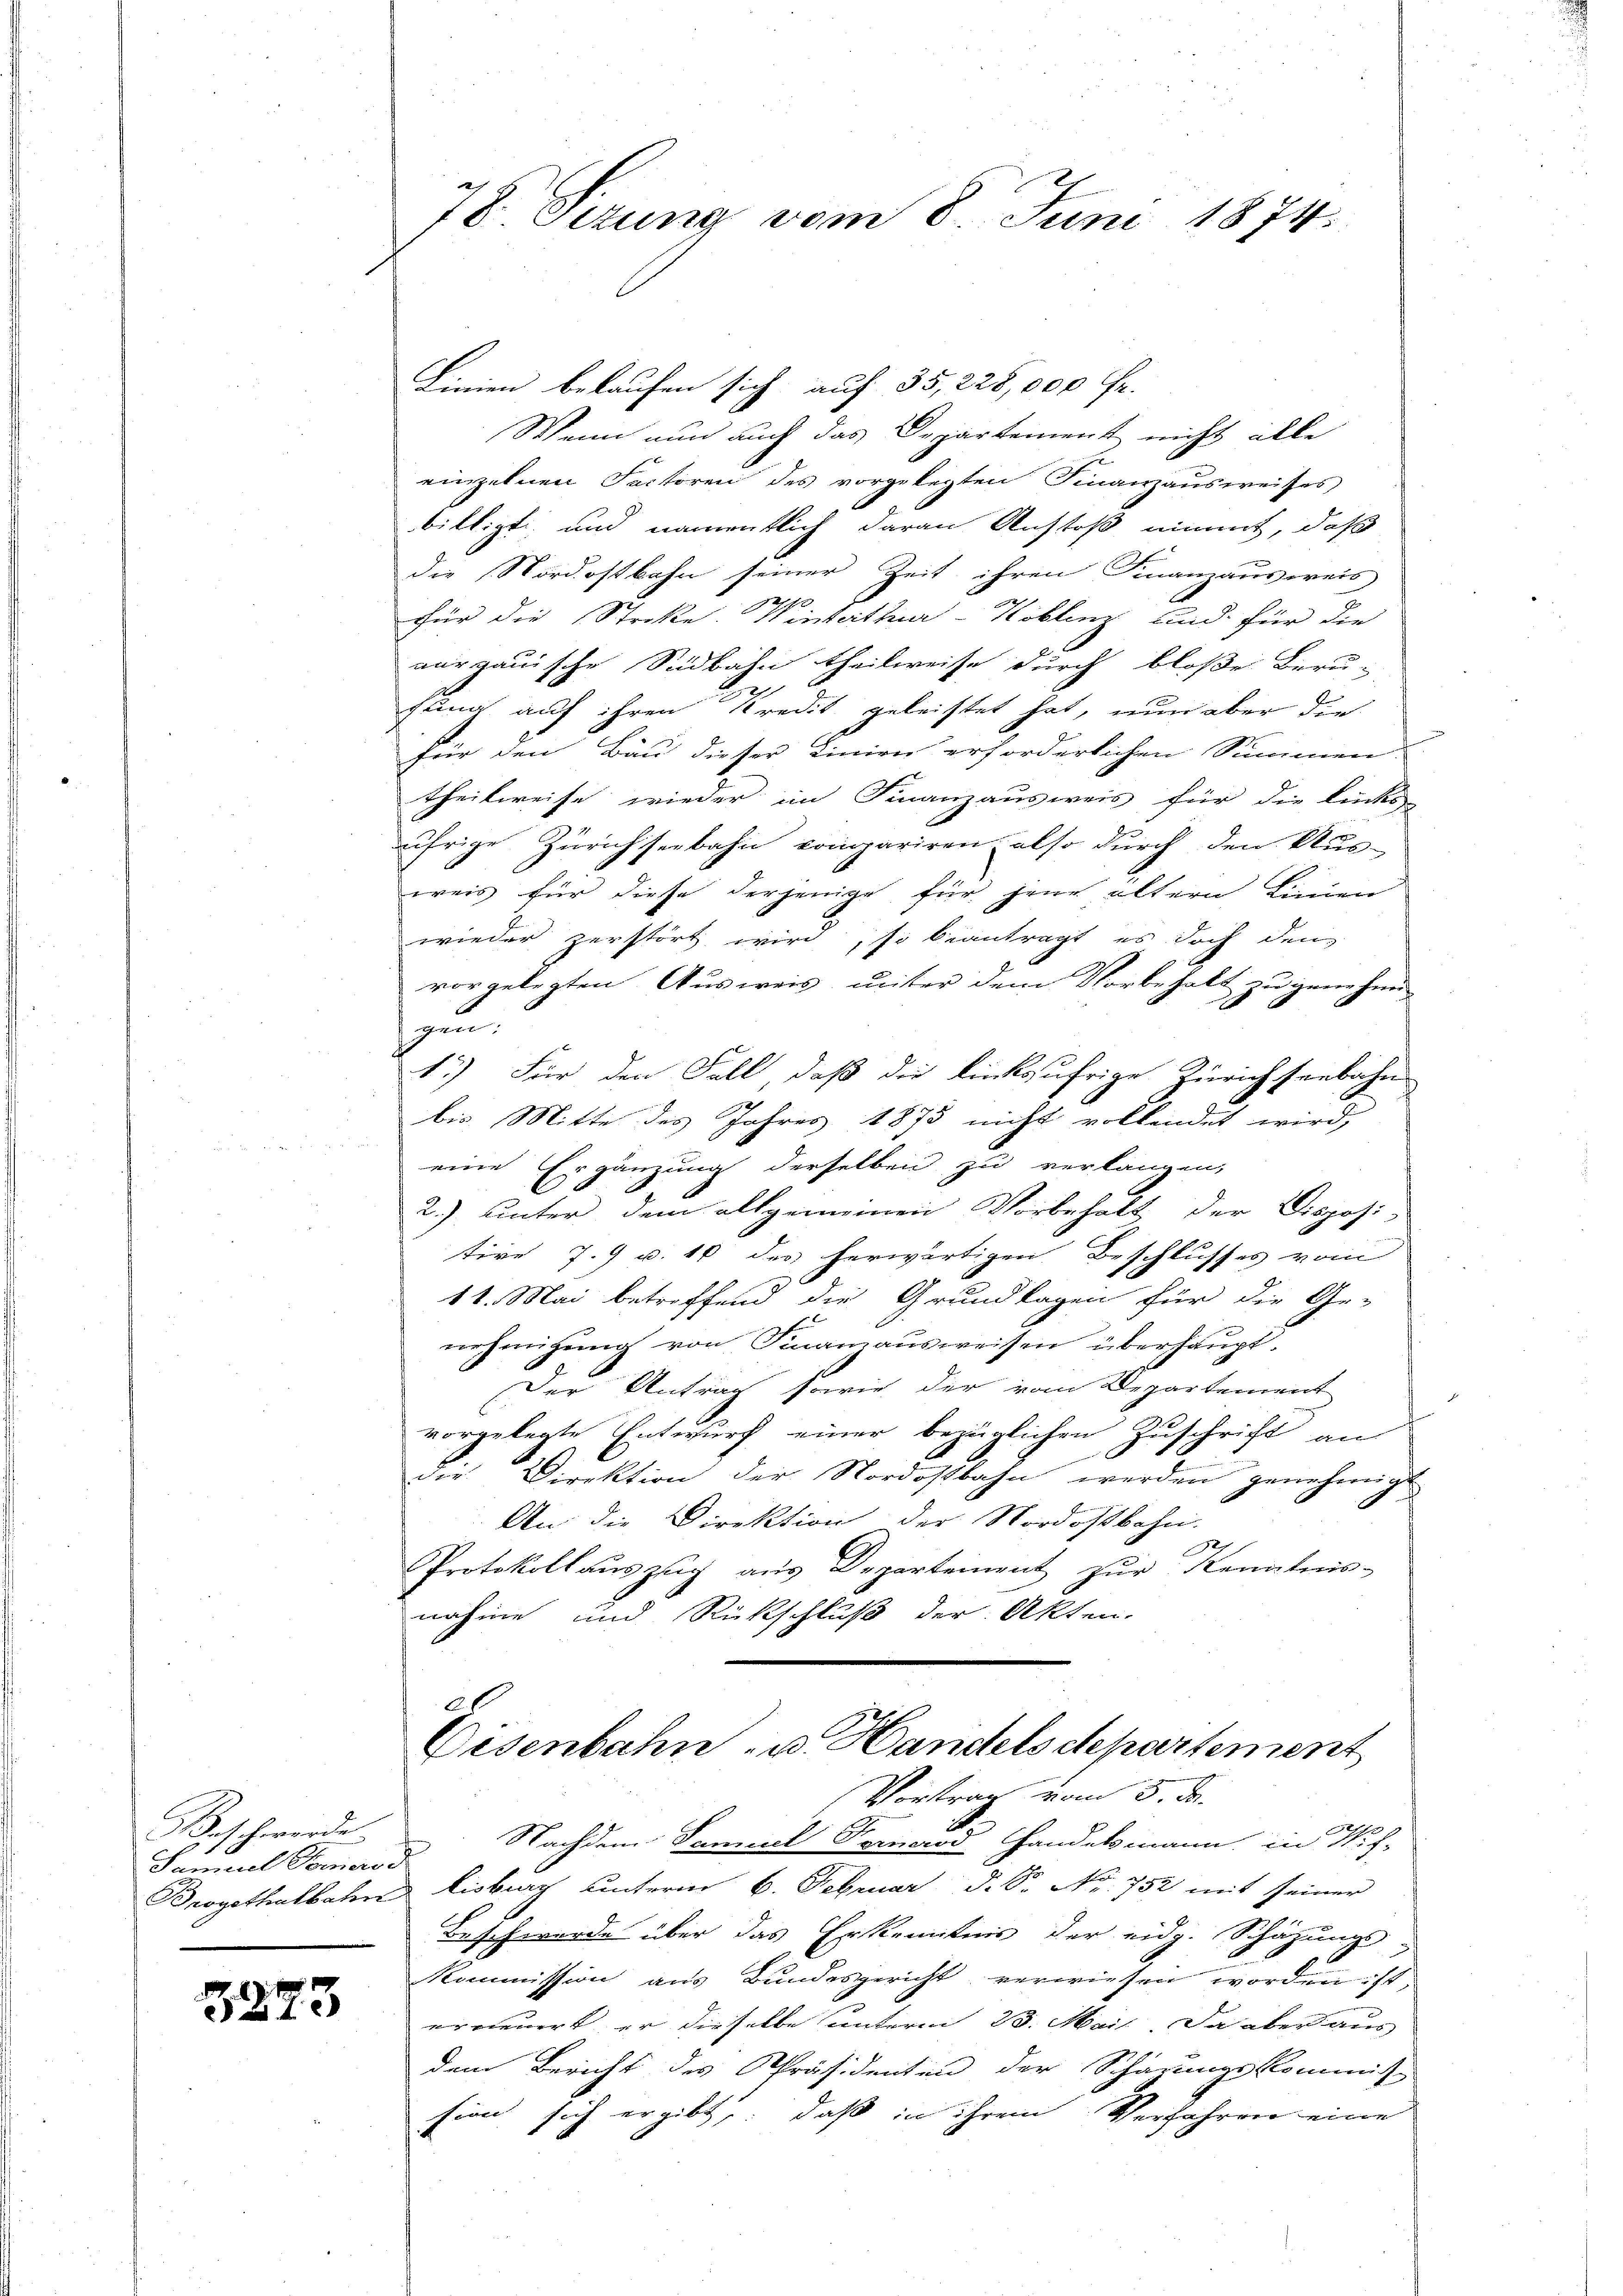
Beschwerde
Samuel Comoro d

.
5223

78. Sezung vom 8. Juni 1874.

Linien belaufen sich auf 35, 228,000 Fr.
Wenn nun auch das Departement nicht alle
einzelnen Factoren des vorgelegten Finanzausweises
billigt und namentlich daran Anstoß nimmt, daß
die Nordostbahn seiner Zeit ihren Finanzausweis
für die Streke: Winterthur–Koblenz und für die
nargauische Südbahn theilweise durch bloße Beru-
e
fung auf ihren Kredit geleistet hat, nun aber die
für den Bau dieser Linien erforderlichen Summen
theilweise wieder im Finanzausweis für die lücks-
äfrige Zürichseebahn compariren, also durch den Aus-
weis für diese derjenige für jene ältern Linien
wieder zerstört wird, so beantragt, es doch den
vorgelegten Ausweis, unter dem Vorbehalt zu genehmi-
zun
1.) Für den Fall, daß die linksufrige Zürichseebahn
bis Mitte des Jahres 1873 nicht vollendet wird,
eine Ergänzung derselben zu verlangen,
2.) unter dem allgemeinen Vorbehalt der Disposi-
tive 7.9 v. 10 des herwärtigen Beschlusses vom
11. Mai betreffend die Grundlagen für die Ge-
nehmigung von Finanzausweisen überhaupt-
Der Antrag sowie der vom Departement
vorgelegte Entwurf einer bezüglichen Zuschrift an
Die Direktion der Nordostbahn werden genehmigt
An die Direktion der Nordostbahn-
PProtokollauszug aus Departement zur Kenntnis-
nahme und Rückschluß der Akten.
2.
Disenbahn u. Handels departement
Vortrag vom 5. d.
Nachdem Samuel Symorod Handekmann in Hof-
Brogethalbahn lisburg unterm 6. Februar d. S. Nr. 752 mit seiner
Beschwerde über das Erkenntnis der eidg. Schazungs-
Kommission aus Bundesgericht verwiesen worden ist,
erneuert, er dieselbe unterm 23. Mail. Da aber aus
dem Bericht des Präsidenten der Schärungskommiss
sion sich ergibt, daß in ihrem Verfahren eine